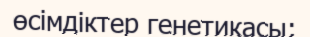
өсімдіктер генетикасы;